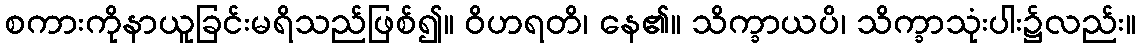
စကားကိုနာယူခြင်းမရိသည်ဖြစ်၍။ ဝိဟရတိ၊ နေ၏။ သိက္ခာယပိ၊ သိက္ခာသုံးပါး၌လည်း။